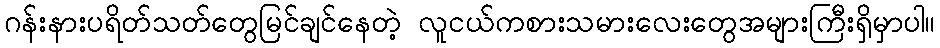
ဂန်းနားပရိတ်သတ်တွေမြင်ချင်နေတဲ့ လူငယ်ကစားသမားလေးတွေအများကြီးရှိမှာပါ။